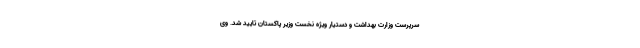
سرپرست وزارت بهداشت و دستیار ویژه نخست وزیر پاکستان تایید شد. وی